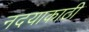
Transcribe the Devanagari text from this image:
नदयाकाठी